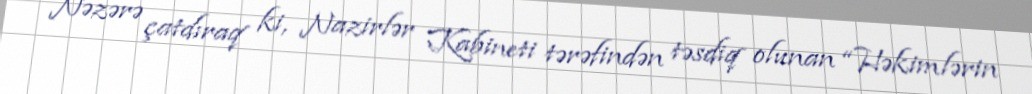
Nəzərə çatdıraq ki, Nazirlər Kabineti tərəfindən təsdiq olunan “Həkimlərin